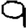
Digit: 9